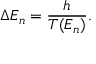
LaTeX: \Delta E _ { n } = { \frac { h } { T ( E _ { n } ) } } .